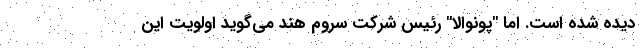
دیده شده است. اما "پونوالا" رئیس شرکت سروم هند می‌گوید اولویت این